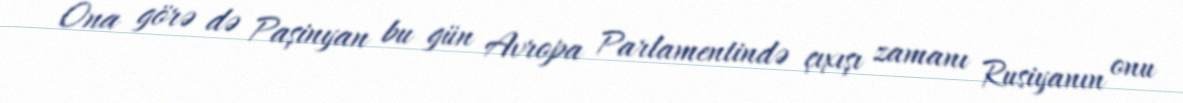
Ona görə də Paşinyan bu gün Avropa Parlamentində çıxışı zamanı Rusiyanın onu